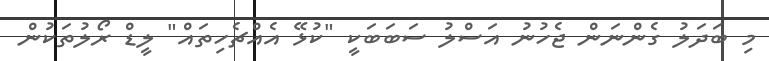
މި ބަދަލު ގެންނަން ޖެހުނު އަސްލު ސަބަބަކީ "ކުޅޭ އެއްޗެހިތައް" ލީޑް ރޯލުތަކުން